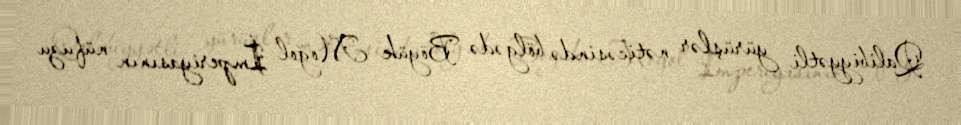
Qalibiyyətli yürüşlər nəticəsində bölgədə Böyük Moğol İmperiyasının nüfuzu